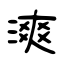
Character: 漺